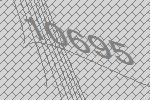
10695